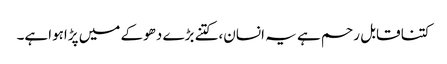
کتنا قابل رحم ہے یہ انسان،کتنے بڑے دھوکے میں پڑاہواہے۔